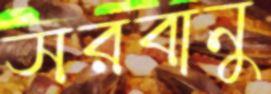
সরবানু